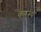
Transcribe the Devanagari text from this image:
करस्थ